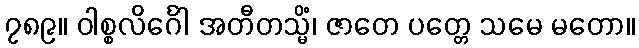
၇၈၉။ ဝါစ္စလိင်္ဂေါ အတီတသ္မိံ၊ ဇာတေ ပတ္တေ သမေ မတော။